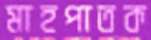
মাহপাতক